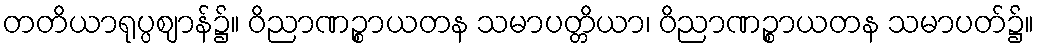
တတိယာရုပ္ပဈာန်၌။ ဝိညာဏဉ္စာယတန သမာပတ္တိယာ၊ ဝိညာဏဉ္စာယတန သမာပတ်၌။